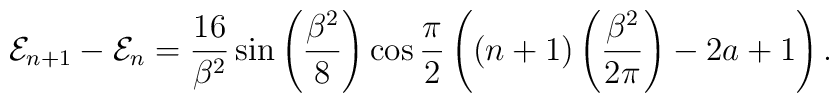
{\cal E}_{n+1}-{\cal E}_n=\frac{16}{ \beta^2}\sin\left(\frac{\beta^2}{8}\right) \cos\frac{\pi}{ 2}\left(\left(n+1\right)\left(\frac{\beta^2}{ 2\pi}\right)- 2a+1\right).